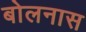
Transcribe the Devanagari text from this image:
बोलनास